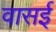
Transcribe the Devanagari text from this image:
वासई